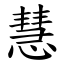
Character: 慧